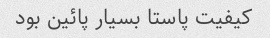
کیفیت پاستا بسیار پائین بود